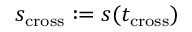
s _ { \mathrm { c r o s s } } : = s ( t _ { \mathrm { c r o s s } } )